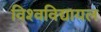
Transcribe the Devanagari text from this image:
विश्‍वविद्यायल